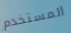
المستخدم